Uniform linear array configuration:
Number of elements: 12
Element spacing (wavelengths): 0.25
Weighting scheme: blackman
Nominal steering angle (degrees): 45
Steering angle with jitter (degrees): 43.295
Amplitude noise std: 0.05
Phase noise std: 0.05

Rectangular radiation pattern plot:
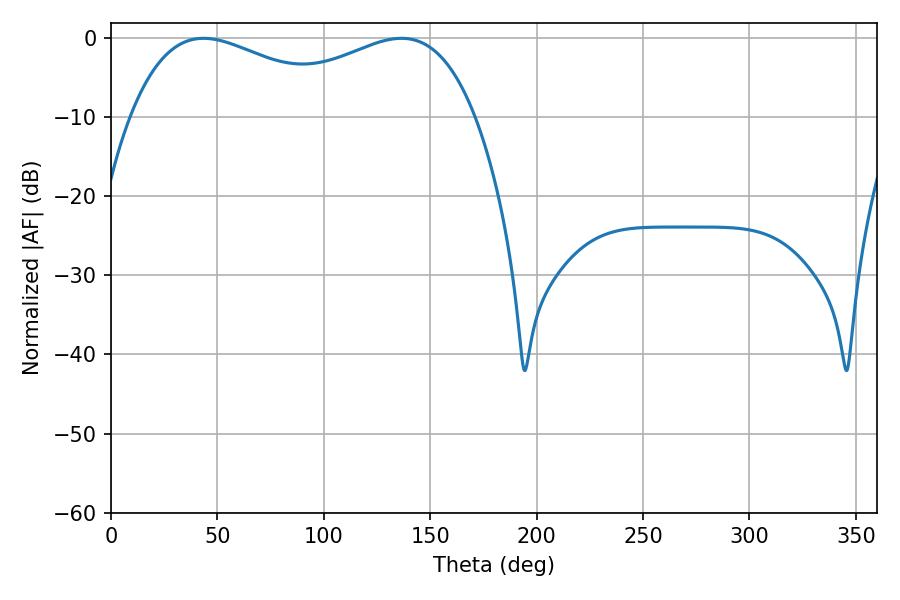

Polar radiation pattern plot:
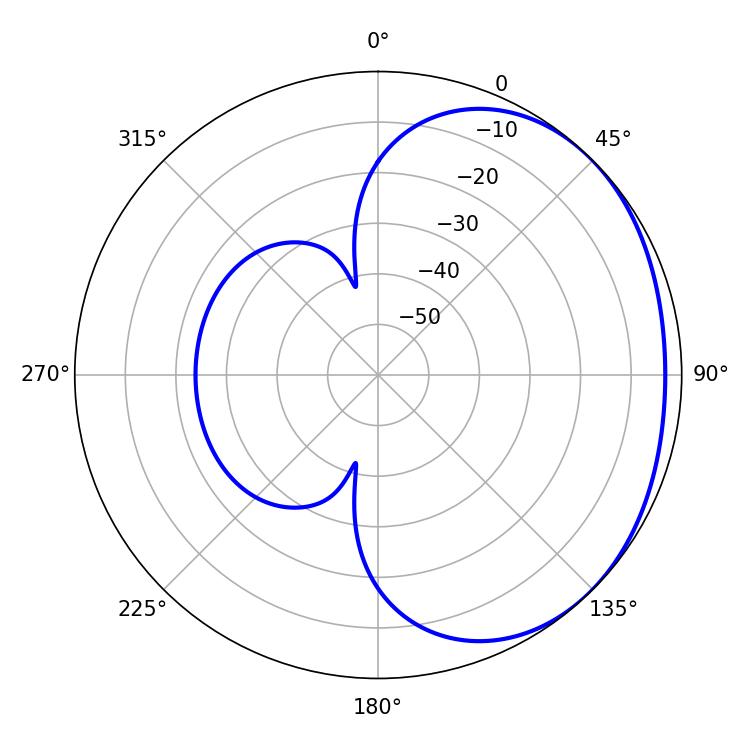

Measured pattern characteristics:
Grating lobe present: FALSE
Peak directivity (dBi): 1.686
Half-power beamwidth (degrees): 58.32
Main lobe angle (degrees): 43.56